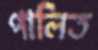
পালিত